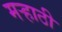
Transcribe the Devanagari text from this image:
मर्‍हाठी